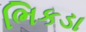
ભિકડા